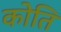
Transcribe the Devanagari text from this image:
कोति